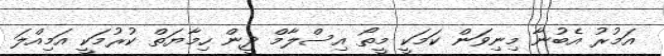
އަމުރު އެބުނާ މިނިވަން ކަމަކީ މީތޯ އިސްލާމް ދީން ހިމާޔަތް ކުރުމަކީ އަމިއްލަ